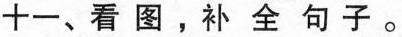
十一、看图，补全句子。